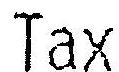
TAX